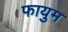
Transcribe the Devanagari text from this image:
फायुम